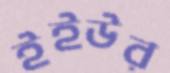
ইইউর